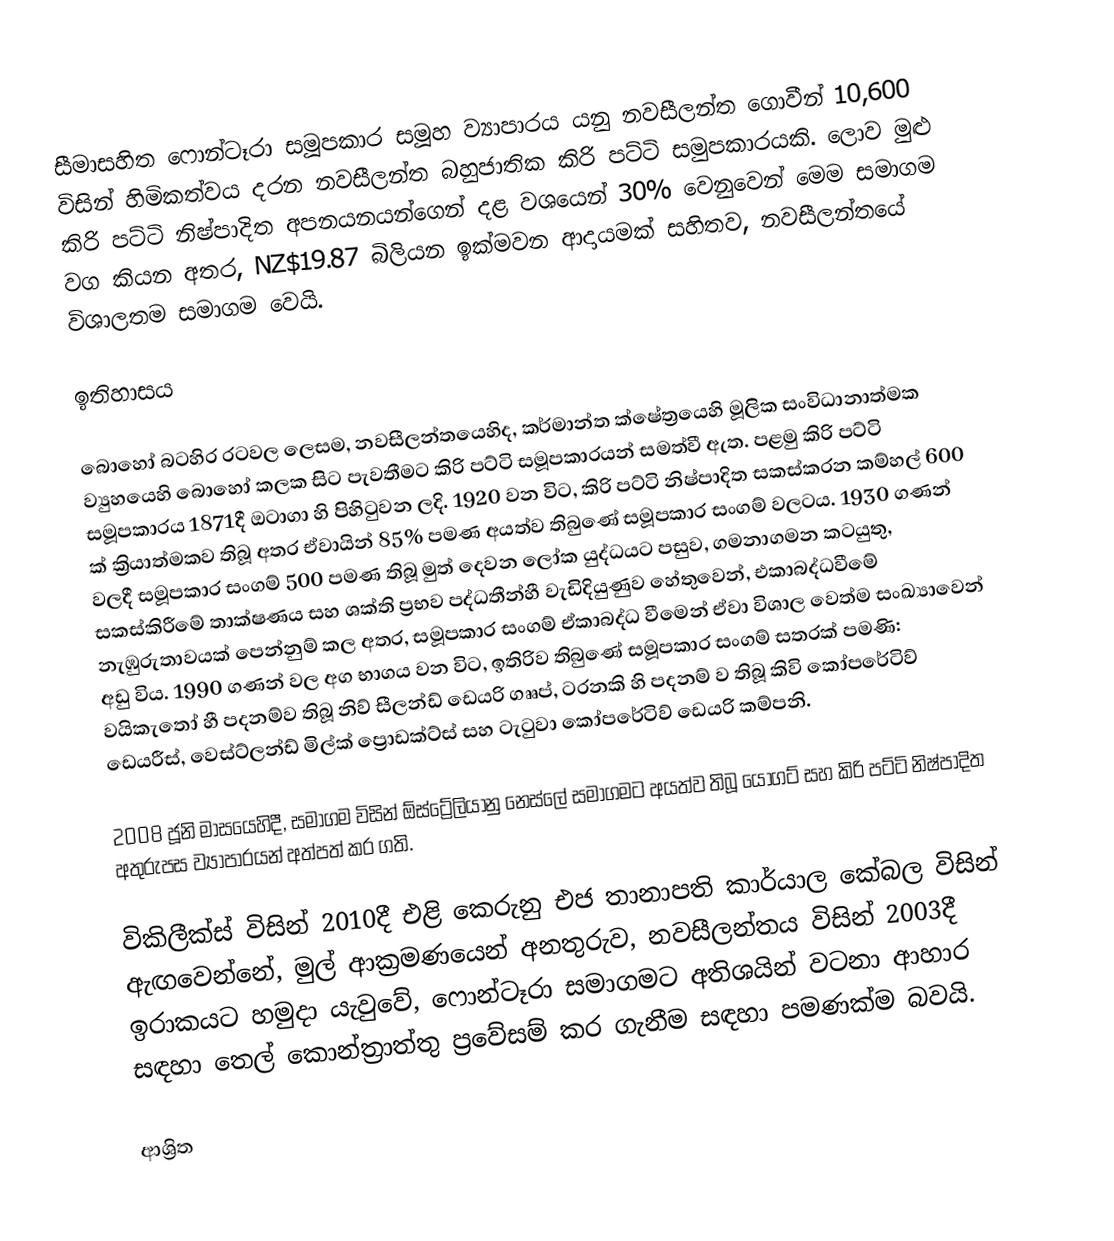
සීමාසහිත ෆොන්ටෑරා සමූපකාර සමූහ ව්‍යාපාරය යනු  නවසීලන්ත ගොවීන්  10,600 විසින් හිමිකත්වය දරන නවසීලන්ත බහුජාතික කිරි පට්ටි සමුපකාරයකි.  ලොව මුළු කිරි පට්ටි නිෂ්පාදිත අපනයනයන්ගෙන් දළ වශයෙන් 30% වෙනුවෙන් මෙම සමාගම වග කියන අතර,  NZ$19.87 බිලියන ඉක්මවන ආදායමක් සහිතව, නවසීලන්තයේ විශාලතම සමාගම වෙයි.

ඉතිහාසය

බොහෝ බටහිර රටවල ලෙසම, නවසීලන්තයෙහිද, කර්මාන්ත ක්ෂේත්‍රයෙහි මූලික සංවිධානාත්මක ව්‍යුහයෙහි බොහෝ කලක සිට පැවතීමට  කිරි පට්ටි සමූපකාරයන් සමත්වී ඇත. පළමු කිරි පට්ටි සමූපකාරය 1871දී ඔටාගා හි පිහිටුවන ලදි. 1920 වන විට, කිරි පට්ටි නිෂ්පාදිත සකස්කරන කම්හල් 600 ක්  ක්‍රියාත්මකව තිබූ අතර ඒවායින් 85% පමණ අයත්ව තිබුණේ සමූපකාර සංගම් වලටය.  1930 ගණන් වලදී සමූපකාර සංගම්  500 පමණ තිබූ මුත් දෙවන ලෝක යුද්ධයට පසුව, ගමනාගමන කටයුතු, සකස්කිරීමේ තාක්ෂණය සහ ශක්ති ප්‍රභව පද්ධතීන්හී වැඩිදියුණුව හේතුවෙන්, එකාබද්ධවීමේ නැඹුරුතාවයක් පෙන්නුම් කල අතර, සමූපකාර සංගම් ඒකාබද්ධ වීමෙන් ඒවා විශාල වෙත්ම සංඛ්‍යාවෙන් අඩු විය. 1990 ගණන් වල අග භාගය වන විට, ඉතිරිව තිබුණේ සමූපකාර සංගම් සතරක් පමණි: වයිකැතෝ හී පදනම්ව තිබූ නිව් සීලන්ඩ් ඩෙයරි ගෲප්, ටරනකි හි පදනම් ව තිබූ කිවි කෝපරේටිව් ඩෙයරීස්, වෙස්ට්ලන්ඩ් මිල්ක් ප්‍රොඩක්ට්ස් සහ  ටැටුවා කෝපරේටිව් ඩෙයරි කම්පනි.

2008 ජූනි මාසයෙහිදී, සමාගම විසින් ඕස්ට්‍රේලියානු නෙස්ලේ  සමාගමට අයත්ව තිබූ යෝගට් සහ කිරි පට්ටි නිෂ්පාදිත අතුරුපස ව්‍යාපාරයන් අත්පත් කර ගති.

විකිලීක්ස් විසින් 2010දී එළි කෙරුනු එජ තානාපති කාර්යාල කේබල විසින් ඇඟවෙන්නේ, මුල් ආක්‍රමණයෙන් අනතුරුව, නවසීලන්තය  විසින් 2003දී  ඉරාකයට හමුදා යැවුවේ, ෆොන්ටෑරා සමාගමට අතිශයින් වටනා ආහාර සඳහා තෙල් කොන්ත්‍රාත්තු ප්‍රවේසම් කර ගැනීම සඳහා පමණක්ම බවයි.

ආශ්‍රිත